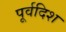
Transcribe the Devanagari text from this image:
पूर्वदिश